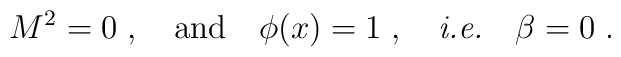
M^2  = 0  \; , \quad  \mbox{and}  \quad  \phi  (x)  = 1 \; ,  \quad \mbox{{\it i.e.}} \quad \beta = 0 \; .